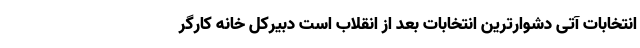
انتخابات آتی دشوارترین انتخابات بعد از انقلاب است دبیرکل خانه کارگر